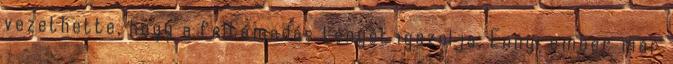
vezethette, hogy a feltámadás tényét igazolja. Ennyi ember már